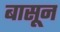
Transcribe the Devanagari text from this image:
बासून